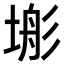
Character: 𭎿